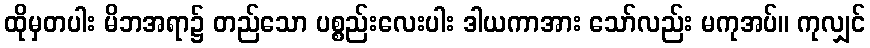
ထိုမှတပါး မိဘအရာ၌ တည်သော ပစ္စည်းလေးပါး ဒါယကာအား သော်လည်း မကုအပ်။ ကုလျှင်